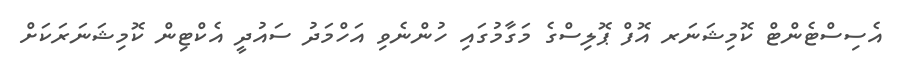
އެސިސްޓެންޓް ކޮމިޝަނަރ އޮފް ޕޮލިސްގެ މަގާމުގައި ހުންނެވި އަހްމަދު ސައުދީ އެކްޓިން ކޮމިޝަނަރަކަށް